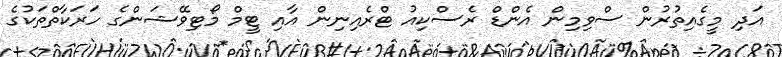
އަދި މީގެއިތުރުން ސްވިމިން އެންޑް ރެސްކިއު ޓްރެއިނިން އާއި ޓީމް މޯޓިވޭޝަންގެ ހަރަކާތްތަކުގެ